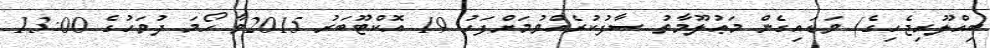
ބިއްލޫރިޖެހިގެ) ވަޑައިގެން މަޢުލޫމާތު ސާފުކުރެއްވުމަށްފަހު 19 އޮކްޓޫބަރު 2015ވާ ހޯމަ ދުވަހުގެ 13:00